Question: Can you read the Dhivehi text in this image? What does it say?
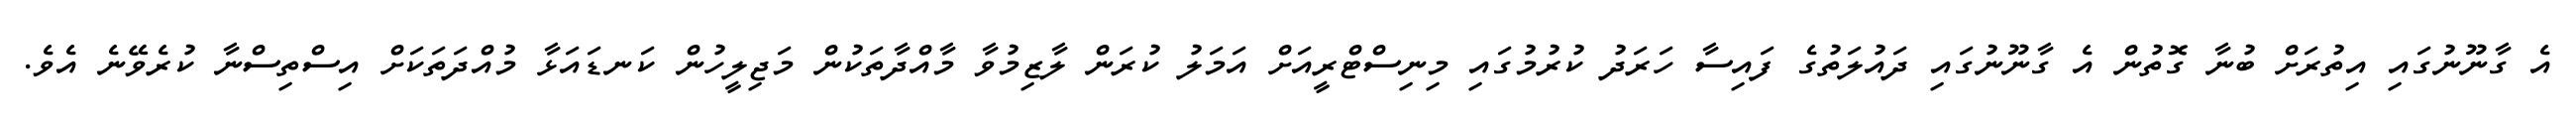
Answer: އެ ގާނޫނުގައި އިތުރަށް ބުނާ ގޮތުން އެ ގާނޫނުގައި ދައުލަތުގެ ފައިސާ ހަރަދު ކުރުމުގައި މިނިސްޓްރީއަށް އަމަލު ކުރަން ލާޒިމުވާ މާއްދާތަކުން މަޖިލީހުން ކަނޑައަޅާ މުއްދަތަކަށް އިސްތިސްނާ ކުރެވޭނެ އެވެ.